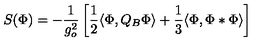
S ( \Phi ) = - \frac { 1 } { g _ { o } ^ { 2 } } \left[ \frac { 1 } { 2 } \langle \Phi , Q _ { B } \Phi \rangle + \frac { 1 } { 3 } \langle \Phi , \Phi * \Phi \rangle \right]